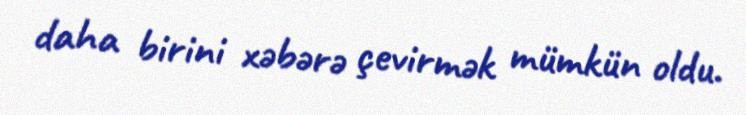
daha birini xəbərə çevirmək mümkün oldu.